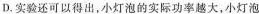
D.实验还可以得出，小灯泡的实际功率越大，小灯泡